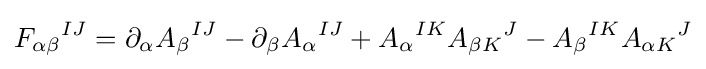
{F_{\alpha \beta }}^{IJ}=\partial _{\alpha }{A_{\beta }}^{IJ}-\partial _{\beta }{A_{\alpha }}^{IJ}+{A_{\alpha }}^{IK}{A_{\beta K}}^{J}-{A_{\beta }}^{IK}{A_{\alpha K}}^{J}